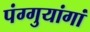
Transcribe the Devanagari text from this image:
पंग्गुयांगां